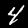
Digit: 4